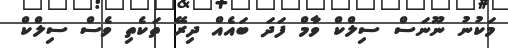
މަކުނު ނޫނަސް ސިލްކް ވާމް ފަދަ ބައެއް ދިރޭ ތަކެތި ވެސް ސިލްކް